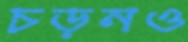
চড়নও